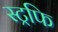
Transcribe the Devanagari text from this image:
स्ट्रफि